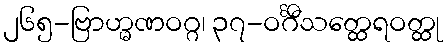
၂၆၅-ဗြာဟ္မဏဝဂ္ဂ၊ ၃၇-ဝင်္ဂီသတ္ထေရဝတ္ထု